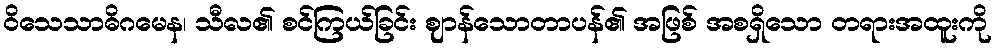
ဝိသေသာဓိဂမေန၊ သီလ၏ စင်ကြယ်ခြင်း ဈာန်သောတာပန်၏ အဖြစ် အစရှိသော တရားအထူးကို